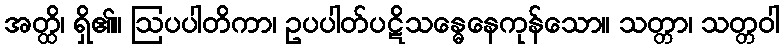
အတ္ထိ၊ ရှိ၏။ ဩပပါတိကာ၊ ဥပပါတ်ပဋိသန္ဓေနေကုန်သော။ သတ္တာ၊ သတ္တဝါ